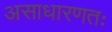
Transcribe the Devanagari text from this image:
असाधारणतः